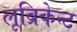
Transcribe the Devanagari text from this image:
लूब्रिकेन्ट